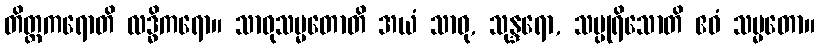
တိတ္ထကရောတိ လဒ္ဓိကရော။ သာဓုသမ္မတောတိ အယံ သာဓု, သုန္ဒရော, သပ္ပုရိသောတိ ဧဝံ သမ္မတော။